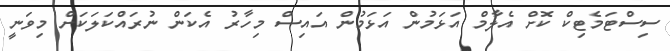
ސިސްޓަމެޓިކް ކޮށް އެލާމް އަޅަމުން އަޅަމުން އައިސް މިހާރު އެކަން ނުރައްކަލަކަށް މިވަނީ